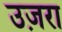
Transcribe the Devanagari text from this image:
उज़रा